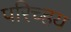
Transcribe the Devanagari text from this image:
परिच्हय